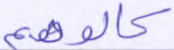
كالوهم